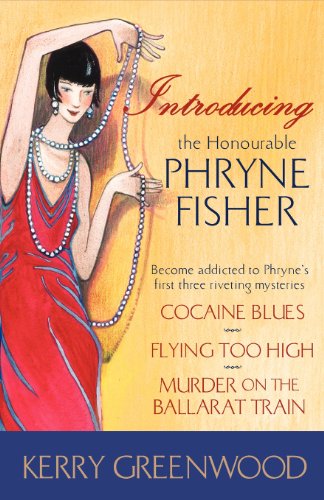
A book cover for Introducing the Honorable Phryne Fisher; Kerry Greenwood; Mystery, Thriller & Suspense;